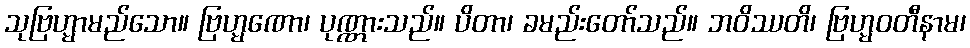
သုဗြဟ္မာမည်သော။ ဗြဟ္မဏော၊ ပုဏ္ဏားသည်။ ပိတာ၊ ခမည်းတော်သည်။ ဘဝိဿတိ၊ ဗြဟ္မဝတီနာမ၊